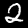
Label: 2